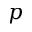
p